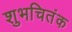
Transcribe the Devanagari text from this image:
शुभचितंक